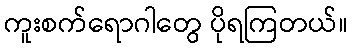
ကူးစက်ရောဂါတွေ ပိုရကြတယ်။